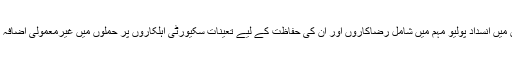
پاکستان میں انسدادِ پولیو مہم میں شامل رضاکاروں اور ان کی حفاظت کے لیے تعینات سکیورٹی اہلکاروں پر حملوں میں غیرمعمولی اضافہ ہوا ہے۔